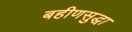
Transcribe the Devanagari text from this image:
बहीणसुद्धा